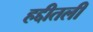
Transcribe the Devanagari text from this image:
हद्दीतली